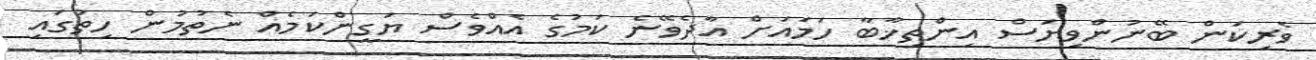
ވެރިކަން ބޭނުންވިޔަސް އިންތިޚާބާ ހަމައަށް އާދެވޭނެ ކަމުގެ އެއްވެސް ޔަގީންކަމެއް ނެތުމުން ހިތުގައި